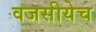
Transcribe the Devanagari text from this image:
वजसीयेच